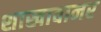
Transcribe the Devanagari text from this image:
शाखावानर